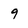
Character: 9